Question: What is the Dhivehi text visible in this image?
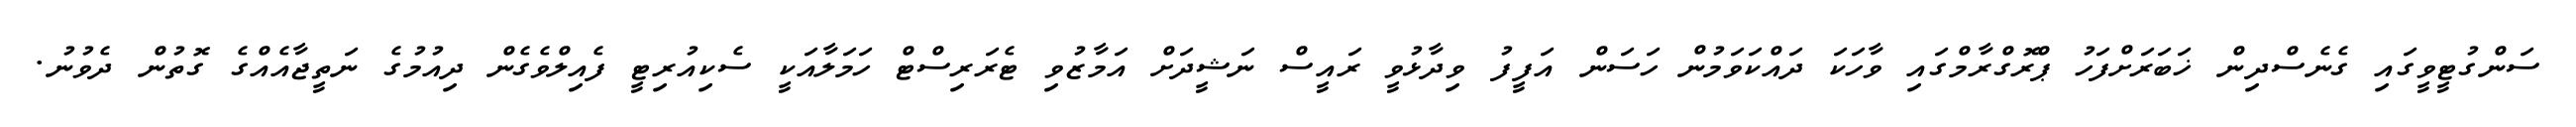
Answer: ސަންގުޓީވީގައި ގެނެސްދިން ޚަބަރަށްފަހު ޕްރޮގްރާމްގައި ވާހަކަ ދައްކަވަމުން ހަސަން އަފީފު ވިދާޅުވީ ރައީސް ނަޝީދަށް އަމާޒުވި ޓެރަރިސްޓް ހަމަލާއަކީ ސެކިއުރިޓީ ފެއިލްވެގެން ދިއުމުގެ ނަތީޖާއެއްގެ ގޮތުން ދެވުނު.